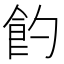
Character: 𩚈